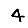
Digit: 4